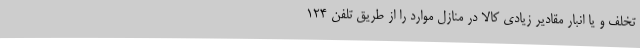
تخلف و یا انبار مقادیر زیادی کالا در منازل موارد را از طریق تلفن 124